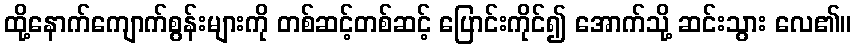
ထို့နောက်ကျောက်စွန်းများကို တစ်ဆင့်တစ်ဆင့် ပြောင်းကိုင်၍ အောက်သို့ ဆင်းသွား လေ၏။